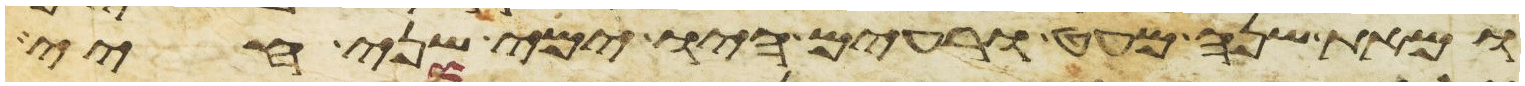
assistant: ומאת שנה מעט ורעים היו ימי שני חיי